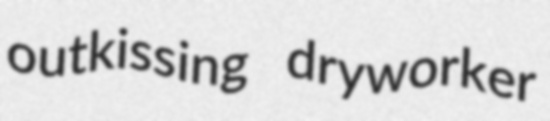
outkissing dryworker